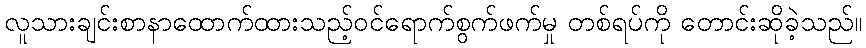
လူသားချင်းစာနာထောက်ထားသည့်ဝင်ရောက်စွက်ဖက်မှု တစ်ရပ်ကို တောင်းဆိုခဲ့သည်။